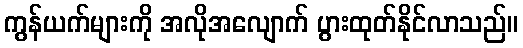
ကွန်ယက်များကို အလိုအလျောက် ပွားထုတ်နိုင်လာသည်။